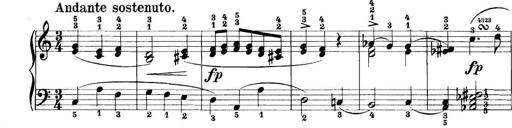
Title: 11 Sonatinas
Composer: Anton Diabelli